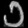
Digit: ၁